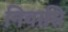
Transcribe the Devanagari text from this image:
निवासि